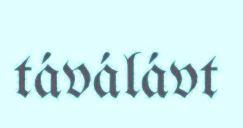
táválávt